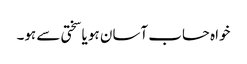
خواہ حساب آسان ہو یا سختی سے ہو۔